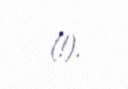
(!).